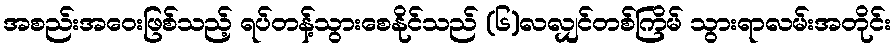
အစည်းအဝေးဖြစ်သည့် ရပ်တန့်သွားစေနိုင်သည် (၆)လလျှင်တစ်ကြိမ် သွားရာလမ်းအတိုင်း